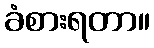
ခံစားရတာ။